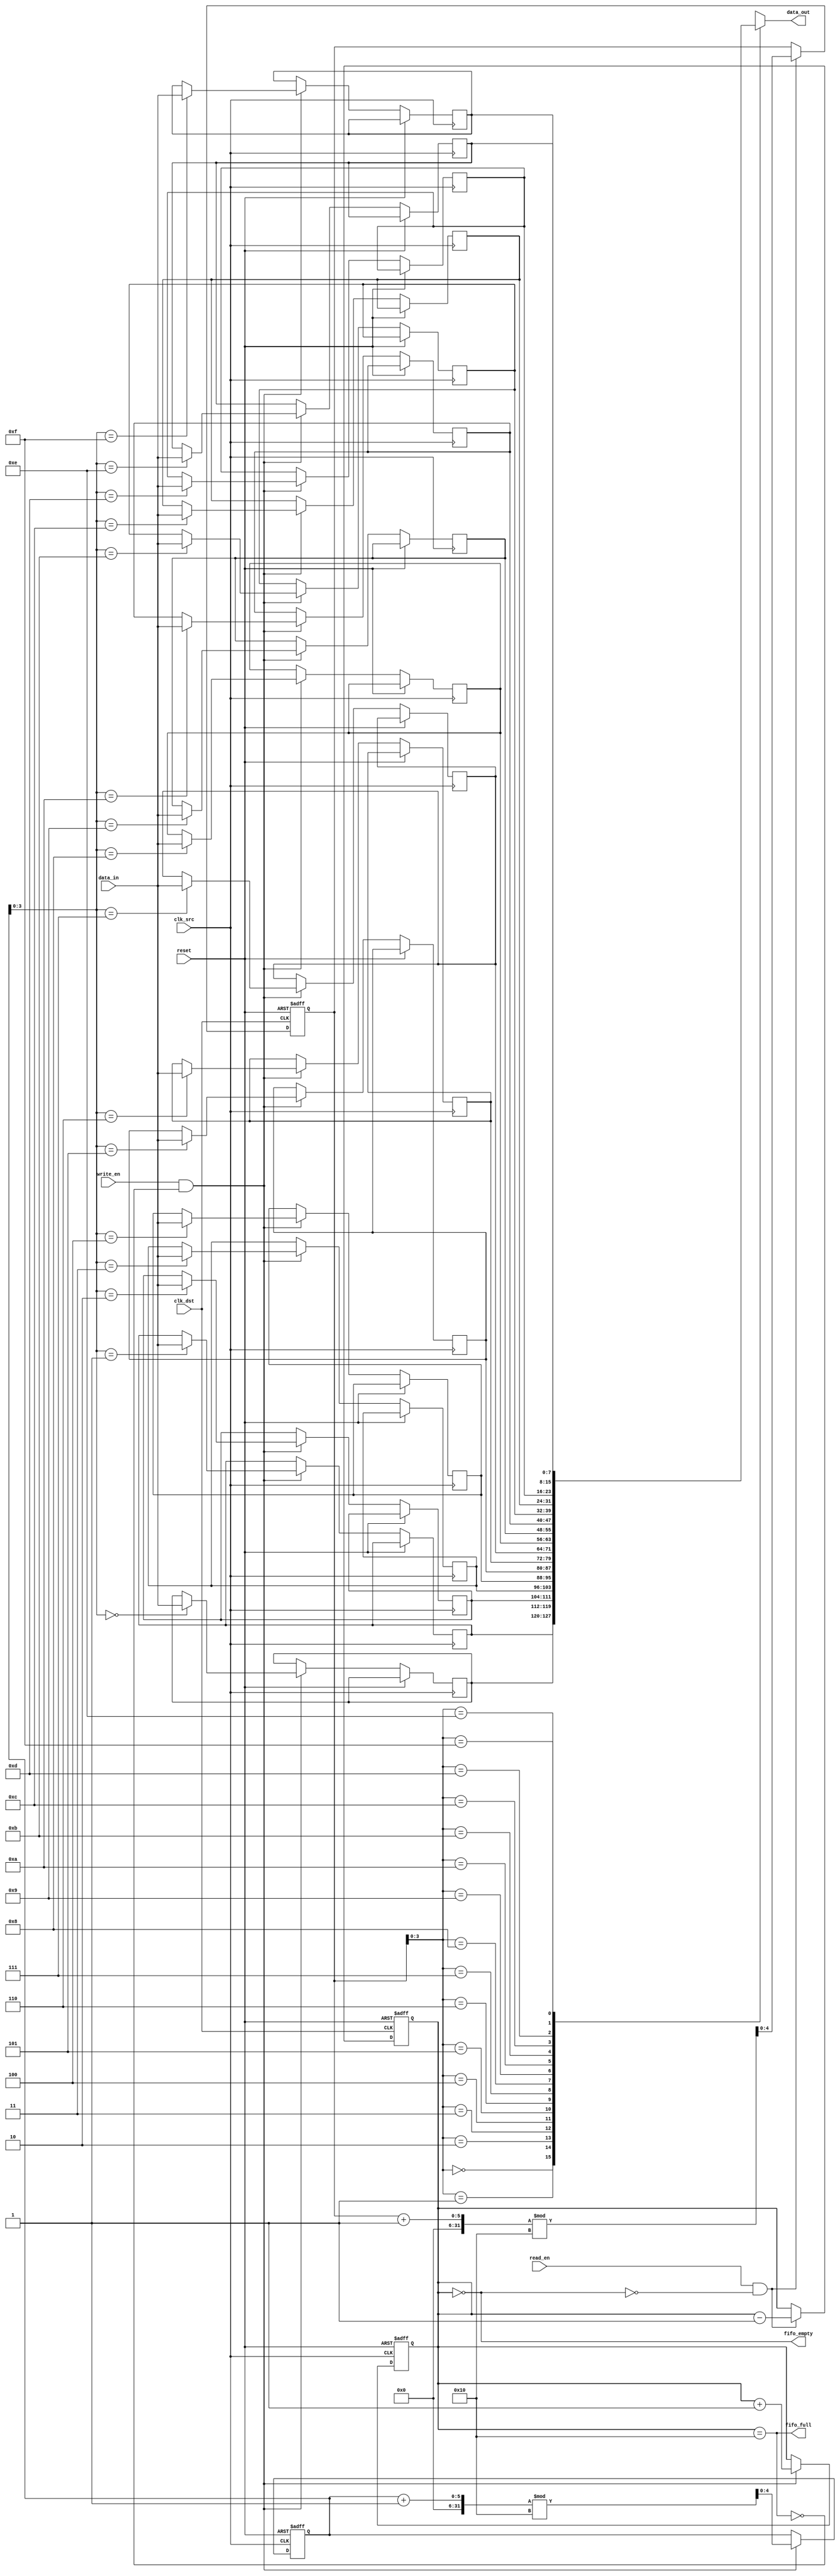
module fifo_sync #(
    parameter DATA_WIDTH = 8,  // Width of the data bus
    parameter FIFO_DEPTH = 16   // Depth of the FIFO
)(
    input wire clk_src,         // Clock for the source domain
    input wire clk_dst,         // Clock for the destination domain
    input wire reset,           // Asynchronous reset
    input wire [DATA_WIDTH-1:0] data_in,   // Data input
    input wire write_en,        // Write enable signal
    output wire [DATA_WIDTH-1:0] data_out,  // Data output
    input wire read_en,         // Read enable signal
    output wire fifo_full,      // FIFO full flag
    output wire fifo_empty       // FIFO empty flag
);

    // FIFO memory declaration
    reg [DATA_WIDTH-1:0] fifo_mem [0:FIFO_DEPTH-1];
    reg [4:0] write_ptr;       // Write pointer
    reg [4:0] read_ptr;        // Read pointer
    reg [4:0] fifo_count;       // Count of elements in FIFO

    // Full and empty flags
    assign fifo_full = (fifo_count == FIFO_DEPTH);
    assign fifo_empty = (fifo_count == 0);
    assign data_out = fifo_mem[read_ptr];

    // Write process in the source clock domain
    always @(posedge clk_src or posedge reset) begin
        if (reset) begin
            write_ptr <= 0;
            fifo_count <= 0;
        end else if (write_en && !fifo_full) begin
            fifo_mem[write_ptr] <= data_in;
            write_ptr <= (write_ptr + 1) % FIFO_DEPTH;
            fifo_count <= fifo_count + 1;
        end
    end

    // Read process in the destination clock domain
    always @(posedge clk_dst or posedge reset) begin
        if (reset) begin
            read_ptr <= 0;
            fifo_count <= 0;
        end else if (read_en && !fifo_empty) begin
            read_ptr <= (read_ptr + 1) % FIFO_DEPTH;
            fifo_count <= fifo_count - 1;
        end
    end

endmodule